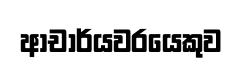
ආචාර්යවරයෙකුව